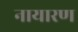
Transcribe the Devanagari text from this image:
नायारण